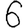
Digit: 6